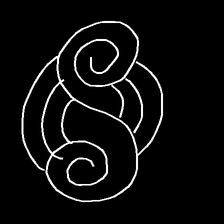
Glyph: wind-underfoot